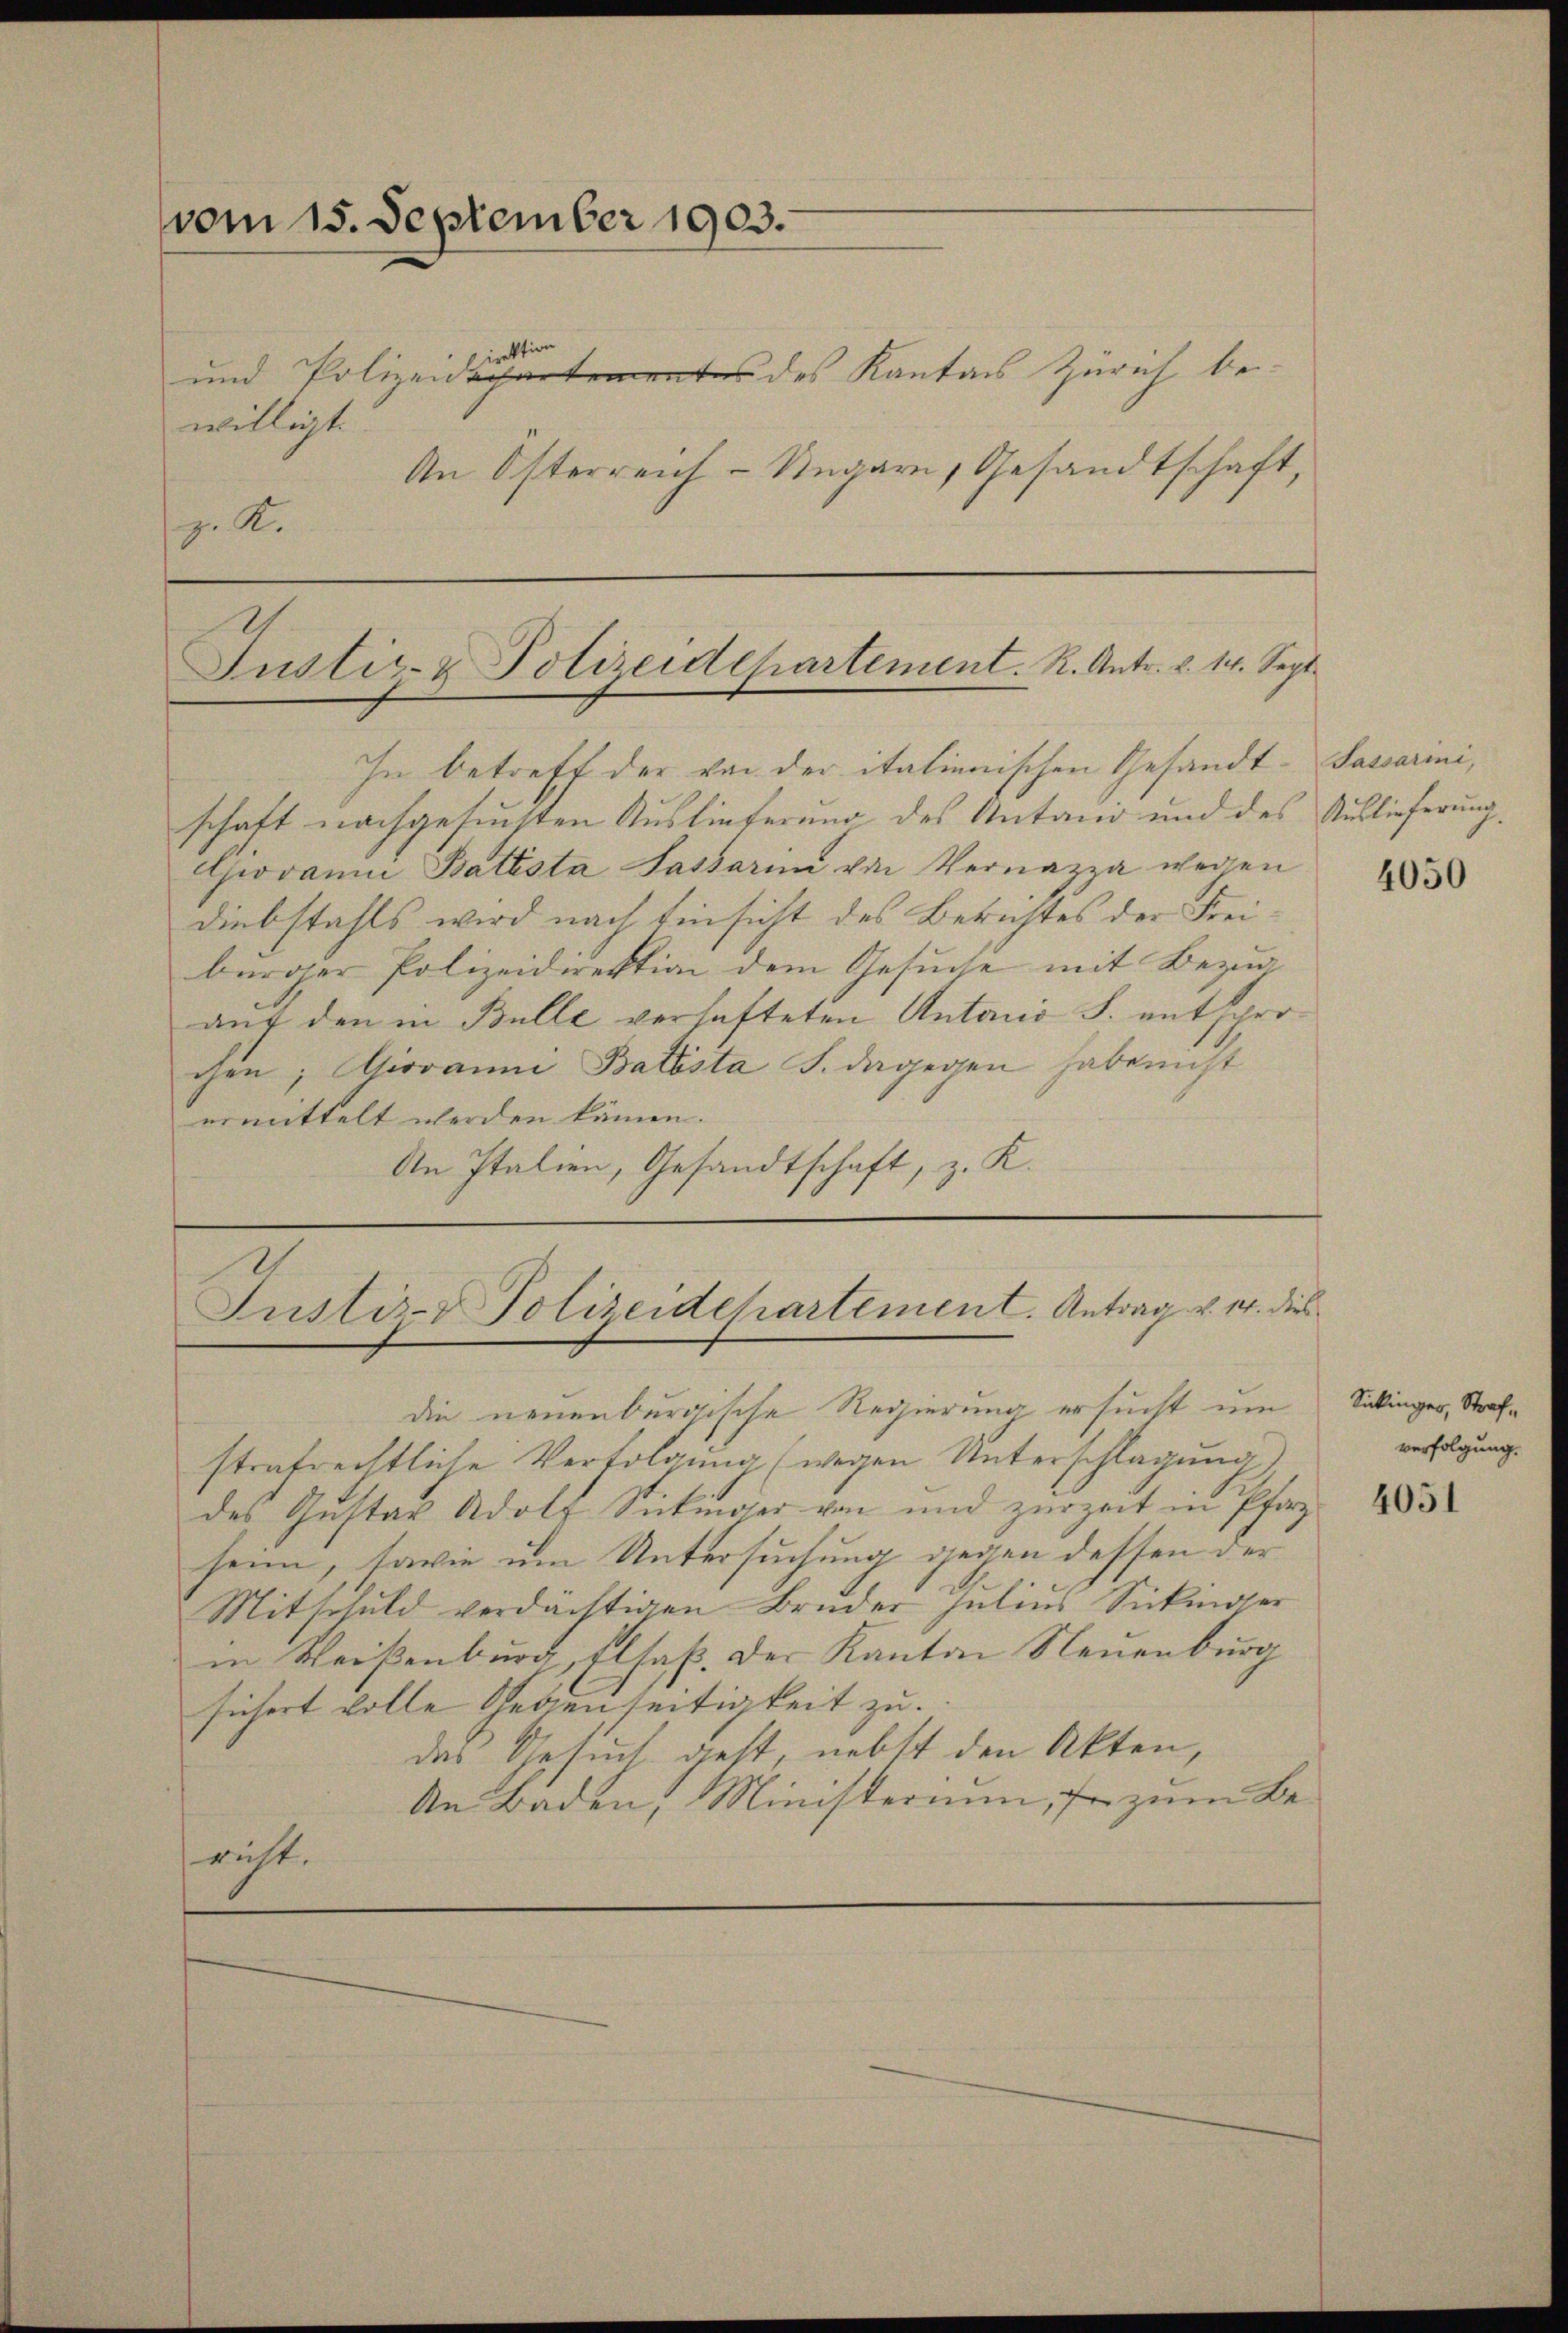
vom 15. September 1903.
irektion
und Polizeidepartementes des Kanton Zürich bewilligt.

z. K.

An Österreich-Ungarn, Gesandtschaft,

Justiz- & Polizeidchartement. R. Antr. v. 14. Sept.

In betreff der von der italienischen Gesandt- Sassarini,
schaft nachgesuchten Auslieferung des Antani und des Auslieferung.
Giovanni Batésta Sassarii von Vernazza wegen
Diebstahls wird nach Einsicht des Berichtes der Freibürger Polizeidirektion dem Gesuche mit Bezug
auf den in Bulle verhafteten Antoni S. entsprochen; Giovanni Batésta S. dagegen habe nicht
ermittelt werden kämen.
An Italien, Gesandtschaft, z. K.

Justiz- & Polizeidchartement. Antrag v. 14. dies

die neuenburgische Regierung ersucht um
strafrechtliche Verfolgung (wegen Unterschlagung
des Gustav Adolf Sichinder von und zurzeit in Pfarrheim, tarie um Untersuchung gegen dessen der
Mitschuld verdächtigen Bruder Julius Sickinger
in Weisenburg, Elsaß. Der Kanton Neuenburg
sichert volle Gegenseitigkeit zu.
das Gesuch gest, nebst den Akten,
An Baden, Ministerium, fr zum Bericht.

4050

Sickinger, Strafverfolgung.

4051